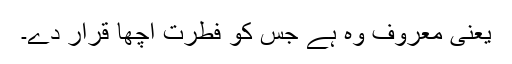
یعنی معروف وہ ہے جس کو فطرت اچھا قرار دے۔